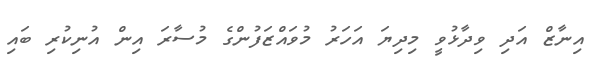
އިނާޒް އަދި ވިދާޅުވީ މިދިޔަ އަހަރު މުވައްޒަފުންގެ މުސާރަ އިން އުނިކުރި ބައި